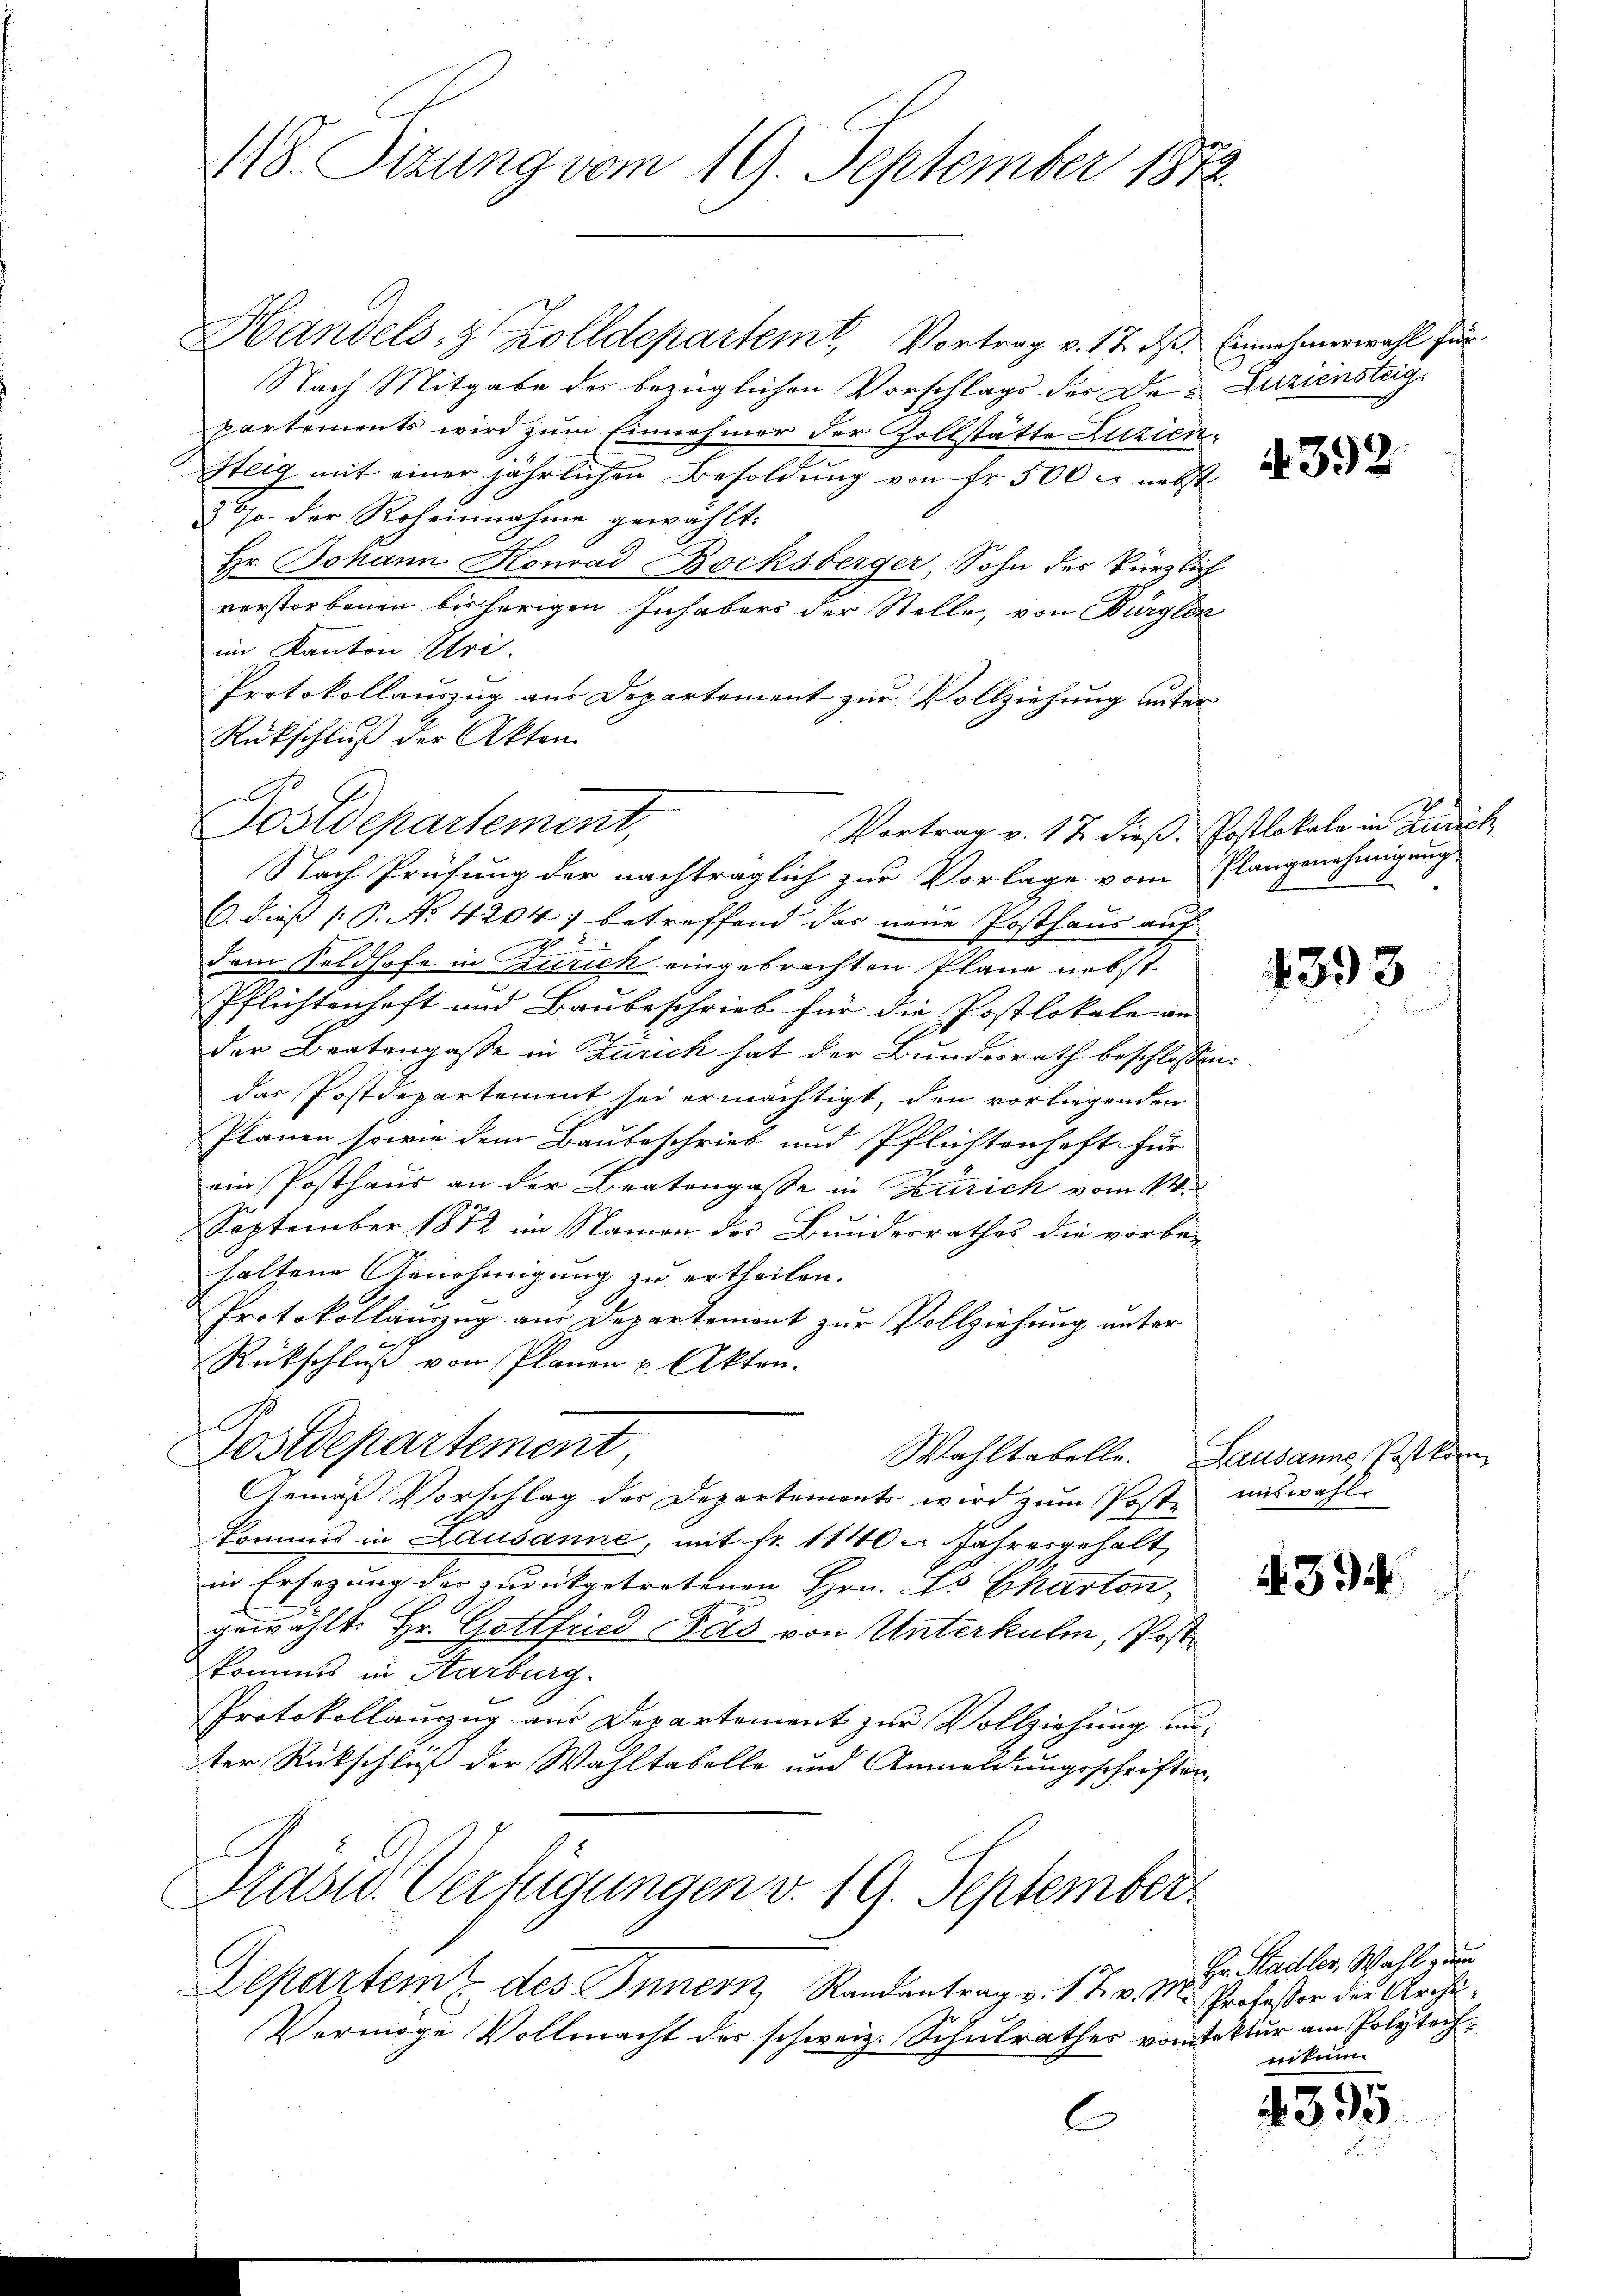
118. Sizung vom 19. September 1872.

Handels- & Zolldepartem Vortrag v. 17. ds. Einnahmerwahl für
Nach Mitgabe des bezüglichen Vorschlags der Der Zuziensteig
partements wird zum Einnehmer der Zollstätte Luzien,
steig mit einer jährlichen Besoldung von fr. 500 r. nebst
30% der Roheinnahme gewählt.
Hr. Johann Konrad Bocksberger, Sohn des kürzlich
verstorbenen bisherigen Inhabers der Stelle, von Burglen
im Kanton Uri.
Protokollauszug aus Departement zur Vollziehung unter
Rückschluß der Akten
Postdepartement,
Vortrag v. 17. dieß. Postlokale in Zürich
Nach Prüfung der nachträglich zur Vorlage vom Plangenehmigung
C. dieß (P. No. 4204) betreffend das neue Posthaus auf
5
dem Feldhofe in Zürich eingebrachten Plane nebst
Pflichtenhaft und Baubeschrieb für die Postlokale an
der Beatengasse in Zürich hat der Bundesrath beschlossen:
das Postdepartement sei ermächtigt, den vorliegenden
Planen sowie dem Baubeschrieb und Pflichtenhaft für
5
ein Posthaus an der Bratengasse in Zürich vom 14.
e
September 1872 im Namen des Bundesrathes die vorbe-
haltene Genehmigung zu ertheilen.
Protokollauszug aus Departement zur Vollziehung unter
Rückschluß von Planen u. Akten.
l
Postdepartement
Wahltabelle. Lausanne Postkom¬
Gemäß Vorschlag der Departements wird zŭm Post auswahl.
kommis in Lausanne, mit fr. 1140. Jahresgehalt,
in Ersezung der zurückgetretenen Hrn. Es Charten,
gewählt: Hr. Gottfried Feld von Unterkulm, Postkommis in Aarburg.
Protokollauszug aus Departement zur Vollziehung unter Rückschluß der Wahltabelle und Anmeldungsschriften
Prasw. Verfügungen v. 19. September
Departeme des Innern, Randantrag v. 17. v. M. Professor der Archi¬
Vermöge Vollmacht des schweiz. Schulrathes vom tektur am Polytech¬
C

4392

4393

§ 394.

Hr. Stadler, Wahl zum
nitum

395